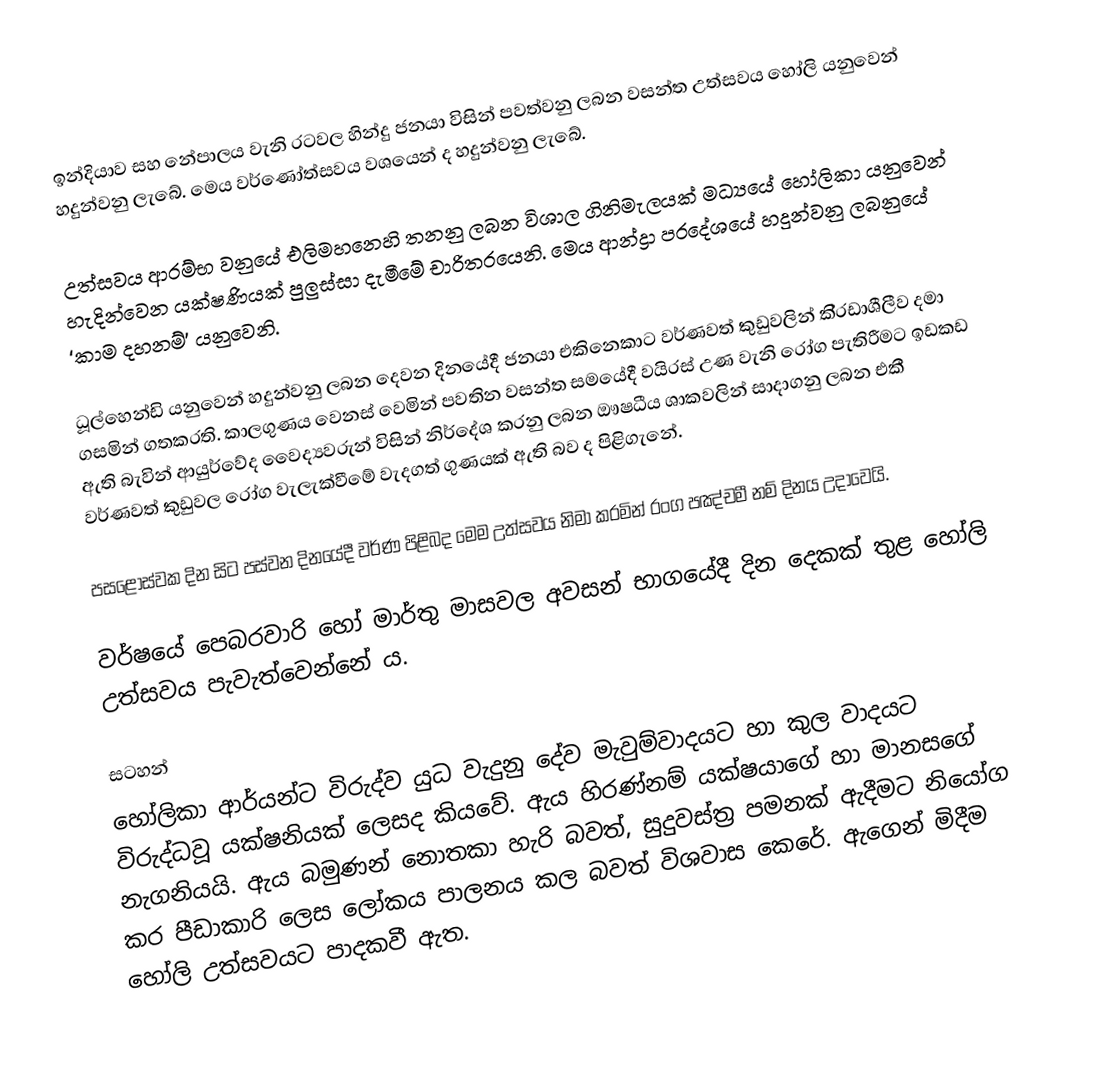
ඉන්දියාව සහ නේපාලය වැනි රටවල හින්දු ජනයා විසින් පවත්වනු ලබන වසන්ත උත්සවය හෝලි යනුවෙන් හදුන්වනු ලැබේ. මෙය වර්ණෝත්සවය වශයෙන් ද හදුන්වනු ලැබේ.

උත්සවය ආරම්භ වනුයේ එලිමහනෙහි තනනු ලබන විශාල ගිනිමැලයක් මධ්‍යයේ හෝලිකා යනුවෙන් හැදින්වෙන යක්ෂණියක් පුලුස්සා දැමීමේ චාරිත‍්‍රයෙනි. මෙය ආන්ද්‍රා ප‍්‍රදේශයේ හදුන්වනු ලබනුයේ ‘කාම දහනම්’ යනුවෙනි.

ධූල්හෙන්ඩි යනුවෙන් හදුන්වනු ලබන  දෙවන දිනයේදී ජනයා එකිනෙකාට වර්ණවත් කුඩුවලින් කි‍්‍රඩාශීලීව දමා ගසමින් ගතකරති. කාලගුණය වෙනස් වෙමින් පවතින වසන්ත සමයේදී වයිරස් උණ වැනි රෝග පැතිරීමට ඉඩකඩ ඇති බැවින් ආයුර්වේද වෛද්‍යවරුන් විසින් නිර්දේශ කරනු ලබන ඖෂධීය ශාකවලින් සාදාගනු ලබන එකී වර්ණවත් කුඩුවල රෝග වැලැක්වීමේ වැදගත් ගුණයක්  ඇති බව ද පිළිගැනේ.

පසළොස්වක දින සිට පස්වන දිනයේදී වර්ණ පිළිබද මෙම උත්සවය නිමා කරමින් රංග පඤ්චමී නම් දිනය උදාවෙයි.

වර්ෂයේ පෙබරවාරි හෝ මාර්තු මාසවල අවසන් භාගයේදී දින දෙකක් තුළ හෝලි උත්සවය පැවැත්වෙන්නේ ය.

සටහන්
හෝලිකා ආර්යන්ට විරුද්ව යුධ වැදුනු දේව මැවුම්වාදයට හා කුල වාදයට විරුද්ධවූ යක්ෂනියක් ලෙසද කියවේ. ඇය හිරණ්නම් යක්ෂයාගේ හා මානසගේ නැගනියයි. ඇය බමුණන් නොතකා හැරි බවත්, සුදුවස්ත්‍ර පමනක් ඇදීමට නියෝග කර පීඩාකාරි ලෙස ලෝකය පාලනය කල බවත් විශවාස කෙරේ. ඇගෙන් මිදීම හෝලි උත්සවයට පාදකවී ඇත.